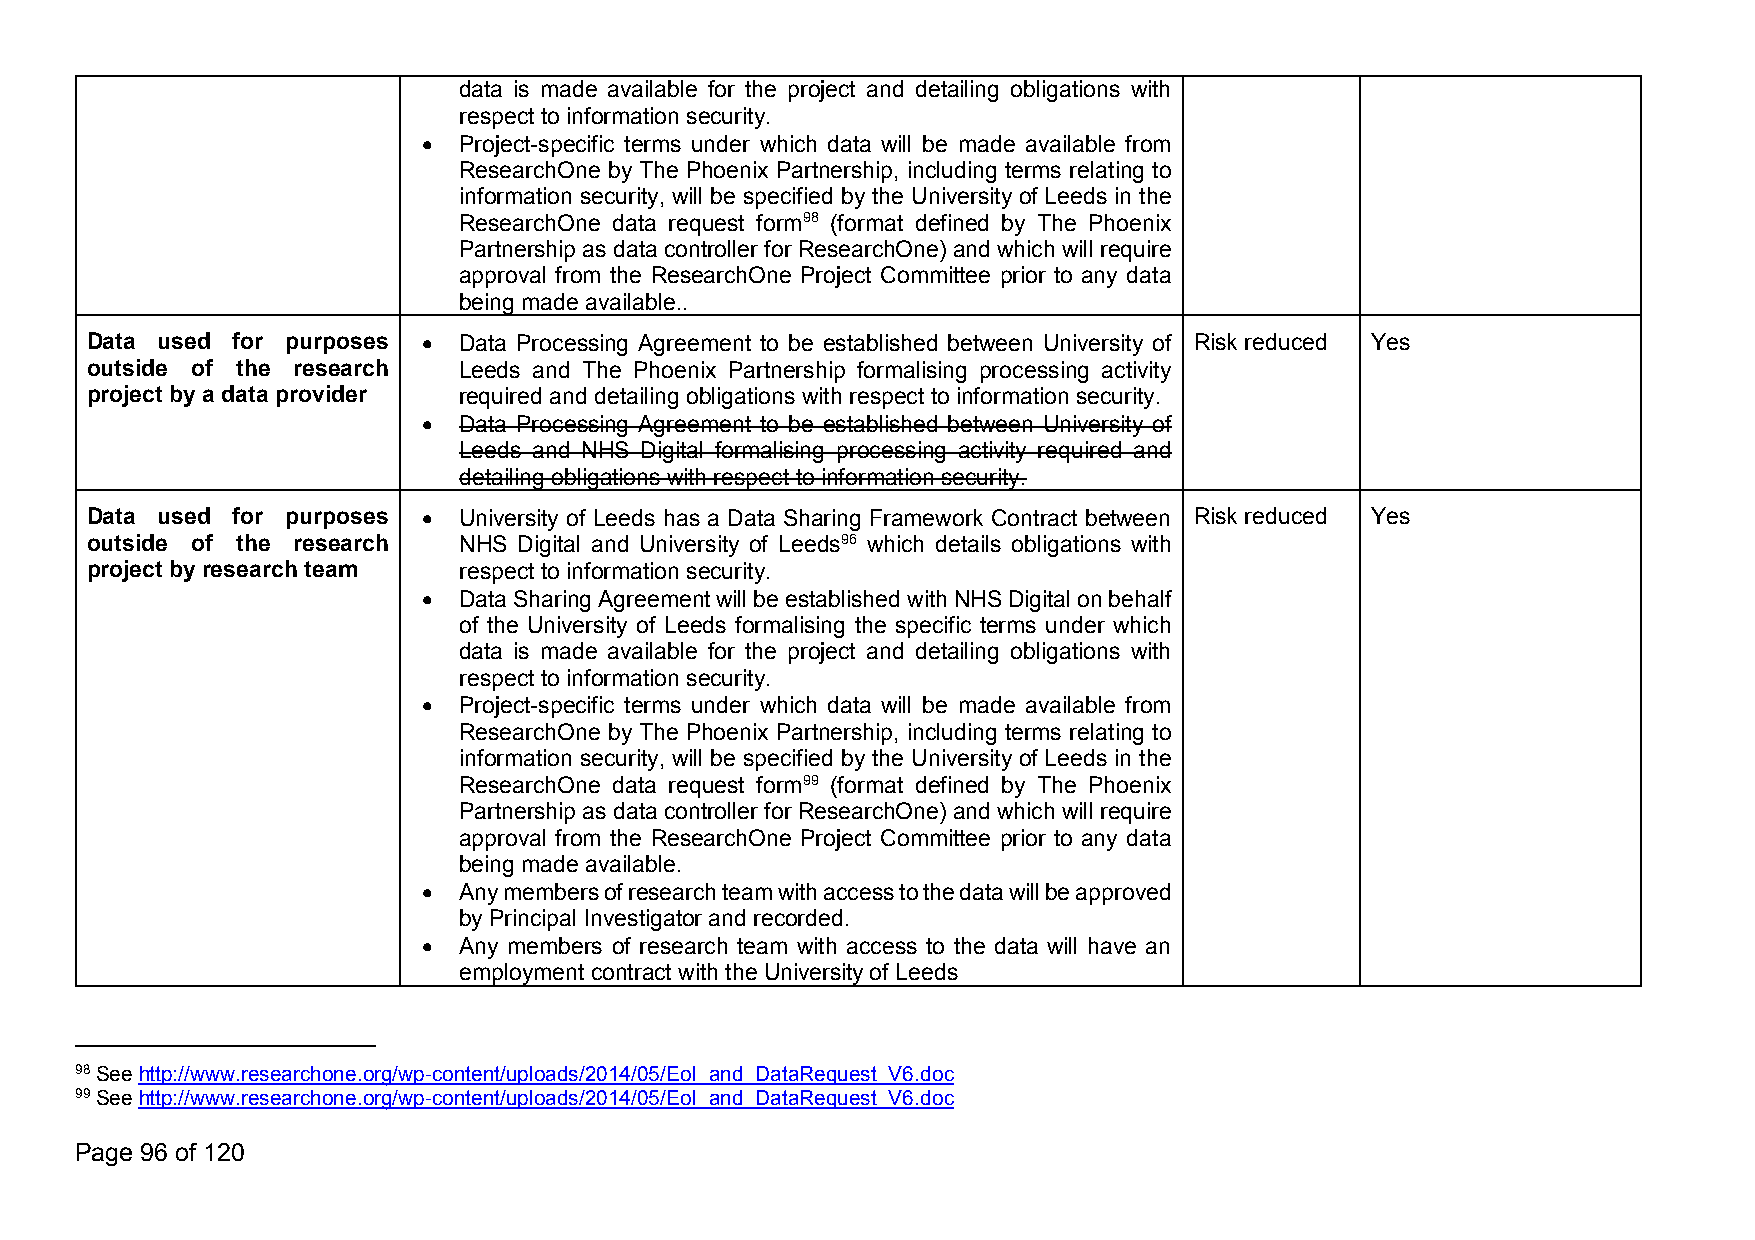
data is made available for the project and detailing obligations with
 respect toinformation security.
  Project-specific terms under which data will be made available from
 ResearchOne by The Phoenix Partnership, including terms relating to
 information security, will be specified by the University of Leeds in the
 ResearchOne data request form98 (format defined by The Phoenix
 Partnership asdatacontroller for ResearchOne) and which will require
 approval from the ResearchOne Project Committee prior to any data
 being made available..
 Data used for purposes  Data Processing Agreement to be established between University of Risk reduced Yes
 outside of the research Leeds and The Phoenix Partnership formalising processing activity
 project bya data provider required anddetailing obligations with respect toinformationsecurity.
  Data Processing Agreement to be established between University of
 Leeds and NHS Digital formalising processing activity required and
 detailing obligations withrespect toinformation security.
 Data used for purposes  University of Leeds has a Data Sharing Framework Contract between Risk reduced Yes
 outside of the research NHS Digital and University of Leeds96 which details obligations with
 project byresearch team respect toinformation security.
  DataSharingAgreementwillbeestablishedwithNHSDigitalonbehalf
 of the University of Leeds formalising the specific terms under which
 data is made available for the project and detailing obligations with
 respect toinformation security.
  Project-specific terms under which data will be made available from
 ResearchOne by The Phoenix Partnership, including terms relating to
 information security, will be specified by the University of Leeds in the
 ResearchOne data request form99 (format defined by The Phoenix
 Partnership asdatacontroller for ResearchOne) and which will require
 approval from the ResearchOne Project Committee prior to any data
 being made available.
  Anymembersofresearchteamwithaccesstothedatawillbeapproved
 byPrincipal Investigator and recorded.
  Any members of research team with access to the data will have an
 employment contract with theUniversityof Leeds
 98Seehttp://www.researchone.org/wp-content/uploads/2014/05/EoI_and_DataRequest_V6.doc
 99Seehttp://www.researchone.org/wp-content/uploads/2014/05/EoI_and_DataRequest_V6.doc
 Page 96 of 120